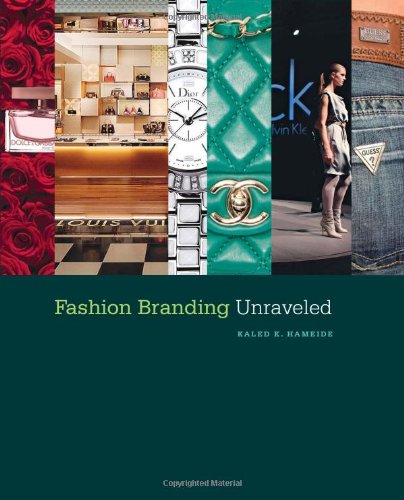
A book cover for Fashion Branding Unraveled; Kaled K. Hameide; Business & Money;